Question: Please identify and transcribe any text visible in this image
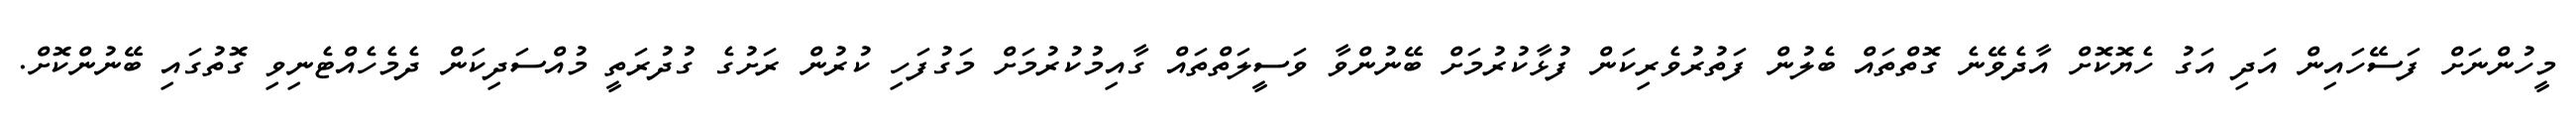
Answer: މީހުންނަށް ފަސޭހައިން އަދި އަގު ހެޔޮކޮށް އާދެވޭނެ ގޮތްތައް ބެލުން ފަތުރުވެރިކަން ފުޅާކުރުމަށް ބޭނުންވާ ވަސީލަތްތައް ގާއިމުކުރުމަށް މަގުފަހި ކުރުން ރަށުގެ ގުދުރަތީ މުއްސަދިކަން ދެމެހެއްޓެނިވި ގޮތުގައި ބޭނުންކޮށް.